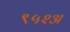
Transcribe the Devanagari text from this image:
९५२अ